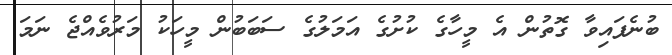
ބުނެފައިވާ ގޮތުން އެ މީހާގެ ކުށުގެ އަމަލުގެ ސަބަބުން މީހަކު މަރުވެއްޖެ ނަމަ